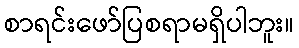
စာရင်းဖော်ပြစရာမရှိပါဘူး။